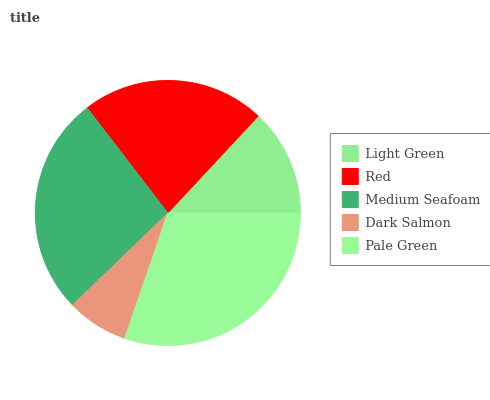
| Light Green | Red | Medium Seafoam | Dark Salmon | Pale Green |
 | --- | --- | --- | --- | --- |
 | 13.1% | 22.4% | 26.7% | 7.5% | 30.2% |